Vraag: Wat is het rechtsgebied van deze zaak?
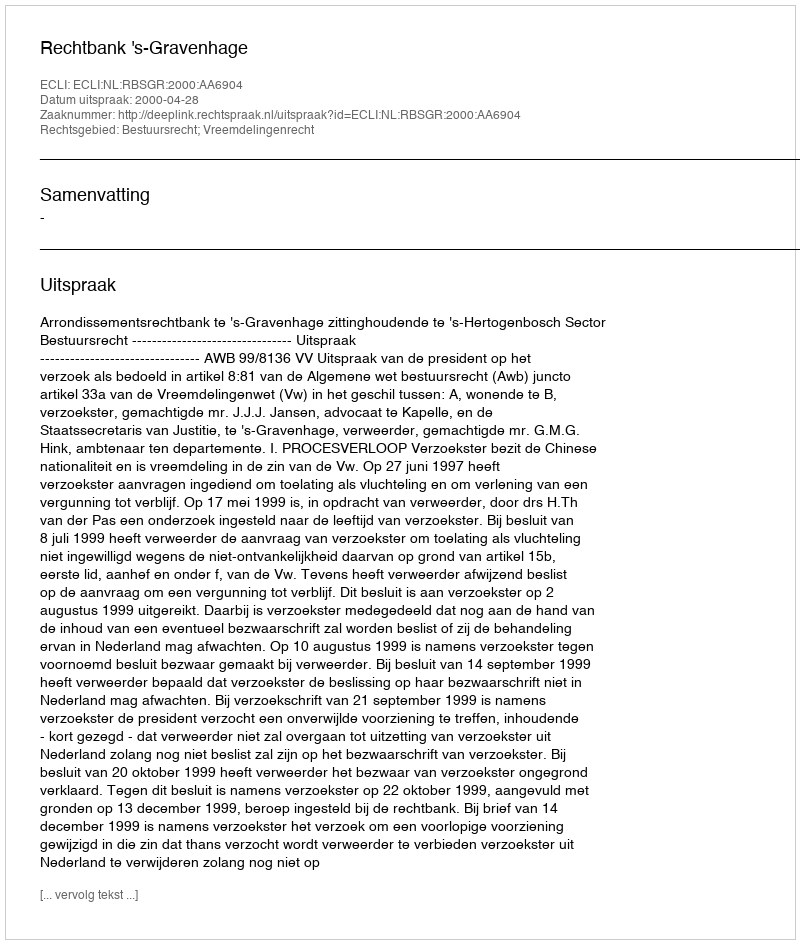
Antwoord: Bestuursrecht; Vreemdelingenrecht